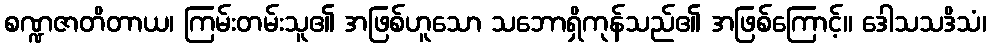
စဏ္ဍဇာတိတာယ၊ ကြမ်းတမ်းသူ၏ အဖြစ်ဟူသော သဘောရှိကုန်သည်၏ အဖြစ်ကြောင့်။ ဒေါသသဒိသံ၊